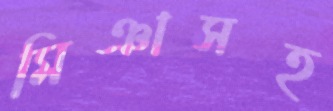
মিঞাসহ